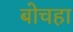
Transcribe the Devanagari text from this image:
बोचहा